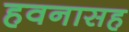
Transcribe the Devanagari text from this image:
हवनासह